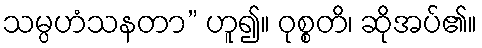
သမ္ပဟံသနတာ” ဟူ၍။ ဝုစ္စတိ၊ ဆိုအပ်၏။